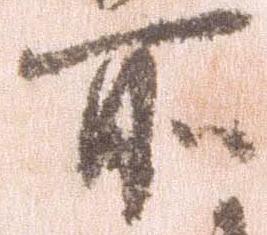
所